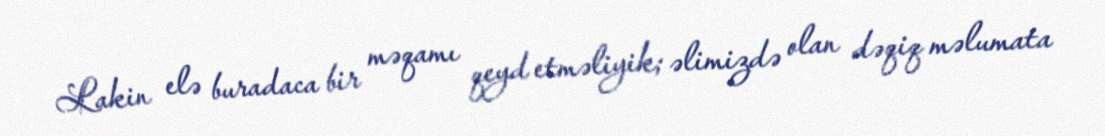
Lakin elə buradaca bir məqamı qeyd etməliyik; əlimizdə olan dəqiq məlumata